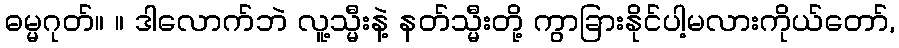
ဓမ္မဂုတ်။ ။ ဒါလောက်ဘဲ လူ့သ္မီးနဲ့ နတ်သ္မီးတို့ ကွာခြားနိုင်ပါ့မလားကိုယ်တော်,